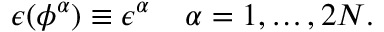
\epsilon ( \phi ^ { \alpha } ) \equiv \epsilon ^ { \alpha } \; \; \; \; \alpha = 1 , \ldots , 2 N .